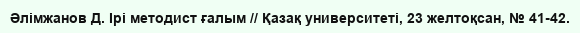
Әлімжанов Д. Ірі методист ғалым // Қазақ университеті, 23 желтоқсан, № 41-42.